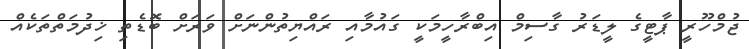
ޖުމްހޫރީ ޕާޓީގެ ލީޑަރު ގާސިމް އިބްރާހީމަކީ ގައުމާއި ރައްޔިތުންނަށް ވަރަށް ބޮޑެތި ޚިދުމަތްތަކެއް